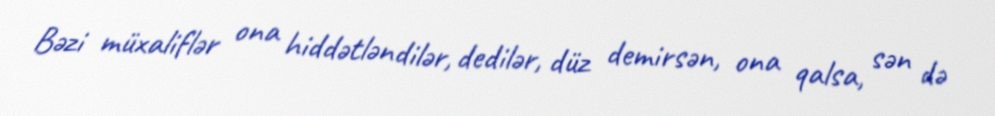
Bəzi müxaliflər ona hiddətləndilər, dedilər, düz demirsən, ona qalsa, sən də